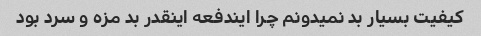
کیفیت بسیار بد نمیدونم چرا ایندفعه اینقدر بد مزه و سرد بود